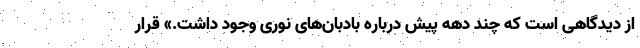
از دیدگاهی است که چند دهه پیش درباره بادبان‌های نوری وجود داشت.» قرار